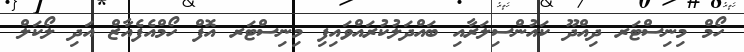
ހޯމް މިނިސްޓަރ ދިއްދޫ ކައުންސިލަރާއި ބައްދަލުކުރައްވައިފި މިިނިސްޓަރ އޮފް ހޯމްއެފެއާޒް އަދި ލޯކަލް